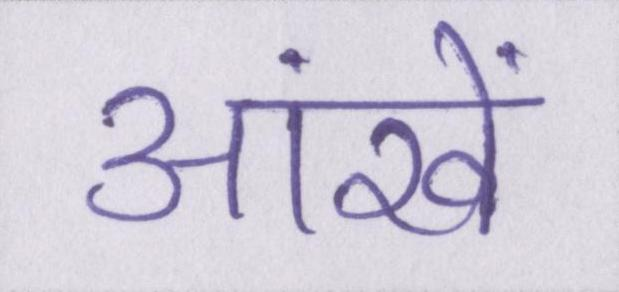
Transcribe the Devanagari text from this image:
आंखें